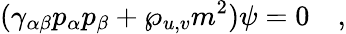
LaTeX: (\gamma_{\alpha\beta}p_{\alpha}p_{\beta}+\wp_{u,v}m^{2})\psi=0\quad,